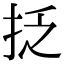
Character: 抸